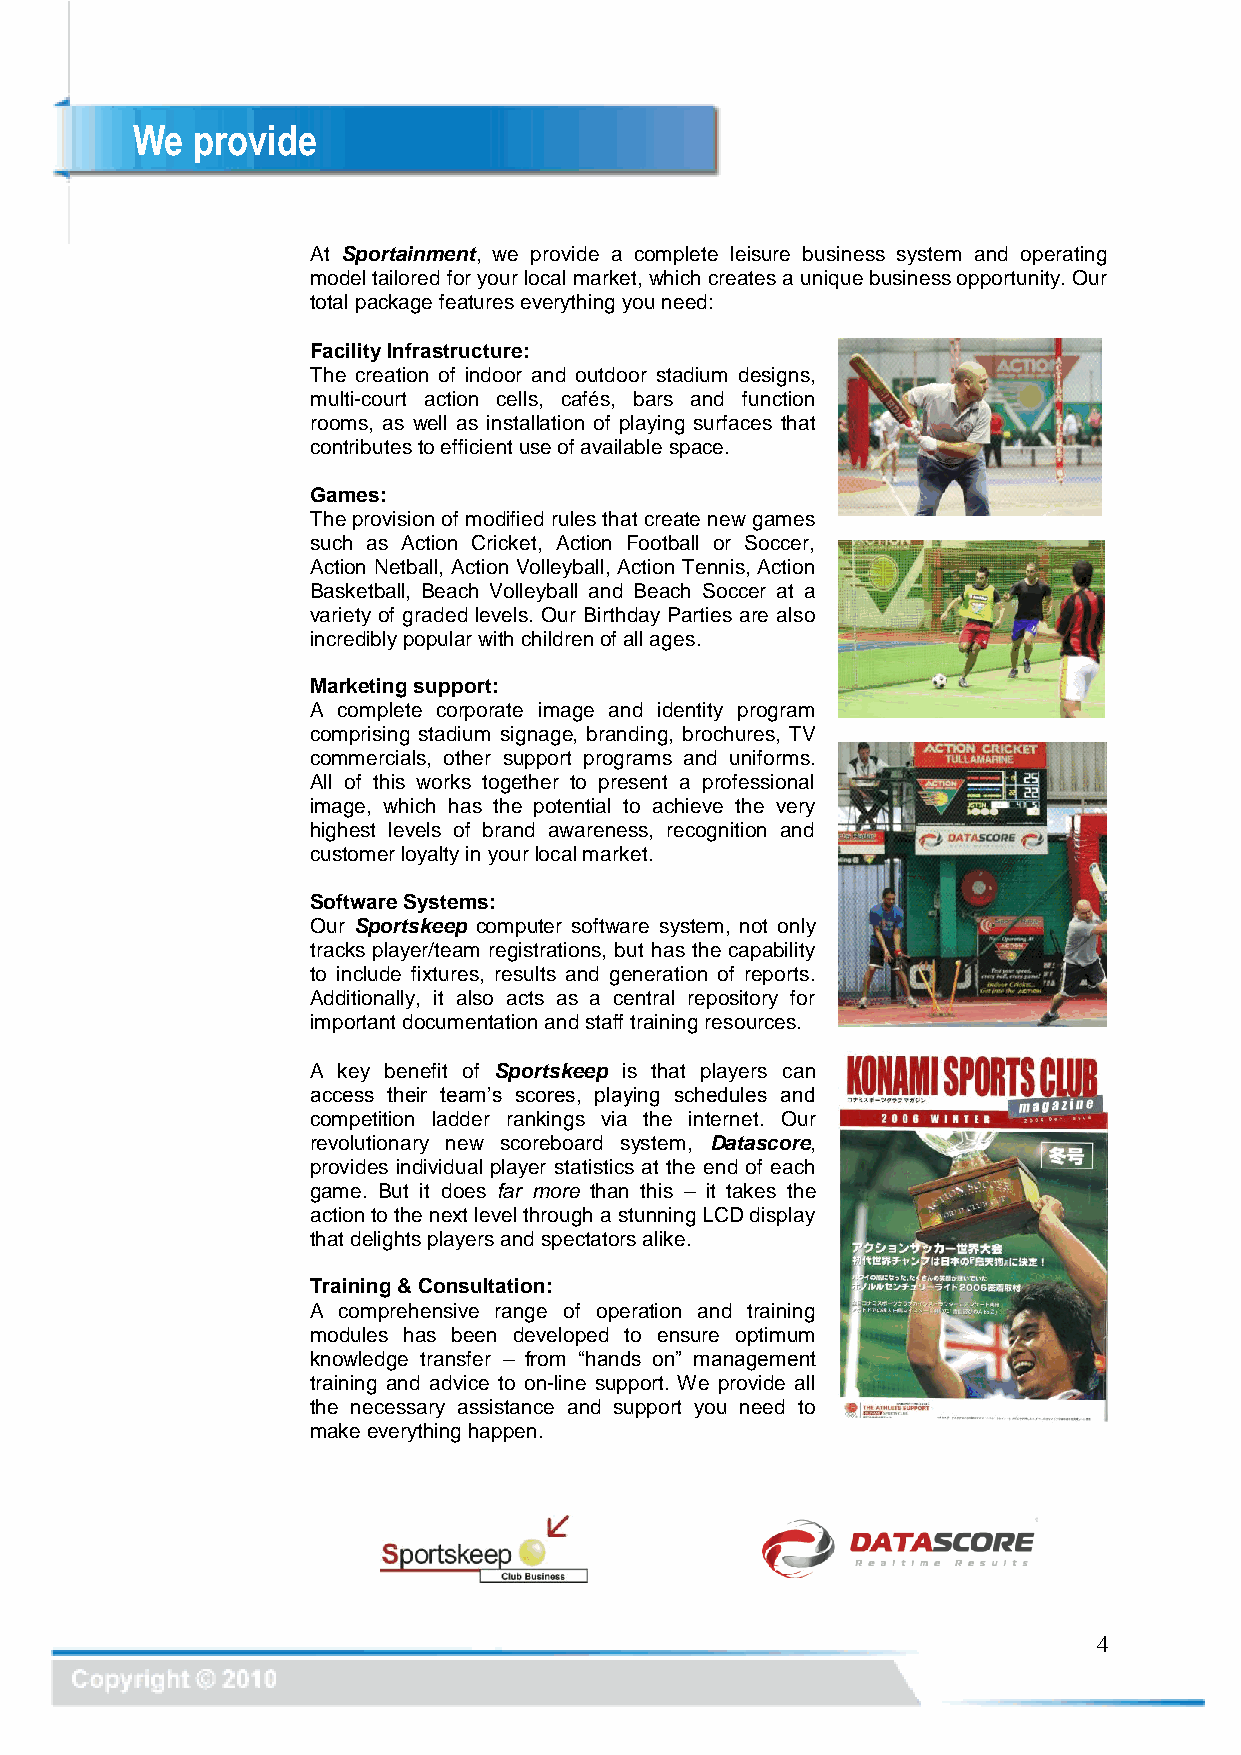
We  provide
 At Sportainment, we provide a complete leisure business system and operating
 model tailored for your local market, which creates a unique business opportunity. Our
 total package features everything you need:
 Facility Infrastructure:
 The creation of indoor and outdoor stadium designs,
 multi-court action cells, cafés, bars and function
 rooms, as well as installation of playing surfaces that
 contributes to efficient use of available space.
 Games:
 The provision of modified rules that create new games
 such as Action Cricket, Action Football or Soccer,
 Action Netball, Action Volleyball, Action Tennis, Action
 Basketball, Beach Volleyball and Beach Soccer at a
 variety of graded levels. Our Birthday Parties are also
 incredibly popular with children of all ages.
 Marketing support:
 A complete corporate image and identity program
 comprising stadium signage, branding, brochures, TV
 commercials, other support programs and uniforms.
 All of this works together to present a professional
 image, which has the potential to achieve the very
 highest levels of brand awareness, recognition and
 customer loyalty in your local market.
 Software Systems:
 Our Sportskeep computer software system, not only
 tracks player/team registrations, but has the capability
 to include fixtures, results and generation of reports.
 Additionally, it also acts as a central repository for
 important documentation and staff training resources.
 A key benefit of Sportskeep is that players can
 access their team’s scores, playing schedules and
 competition ladder rankings via the internet. Our
 revolutionary new scoreboard system, Datascore,
 provides individual player statistics at the end of each
 game. But it does far more than this – it takes the
 action to the next level through a stunning LCD display
 that delights players and spectators alike.
 Training & Consultation:
 A comprehensive range of operation and training
 modules has been developed to ensure optimum
 knowledge transfer – from “hands on” management
 training and advice to on-line support. We provide all
 the necessary assistance and support you need to
 make everything happen.
 4